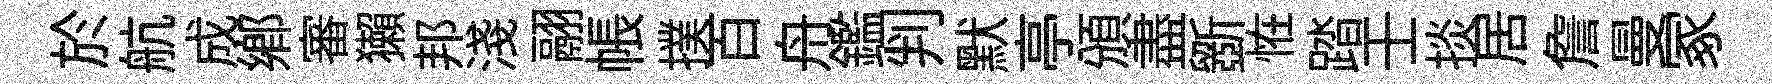
於航成郷審獺邦淺翮帳撲百舟鑑判默亭頒盡斵恠踏壬掞居詹曼冢